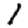
Digit: 1